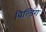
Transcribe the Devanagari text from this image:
बिल्ड़िंग